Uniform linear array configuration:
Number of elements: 64
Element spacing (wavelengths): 0.75
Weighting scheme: hamming
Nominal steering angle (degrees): -30
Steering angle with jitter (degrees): -31.353
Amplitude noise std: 0.05
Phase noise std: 0.05

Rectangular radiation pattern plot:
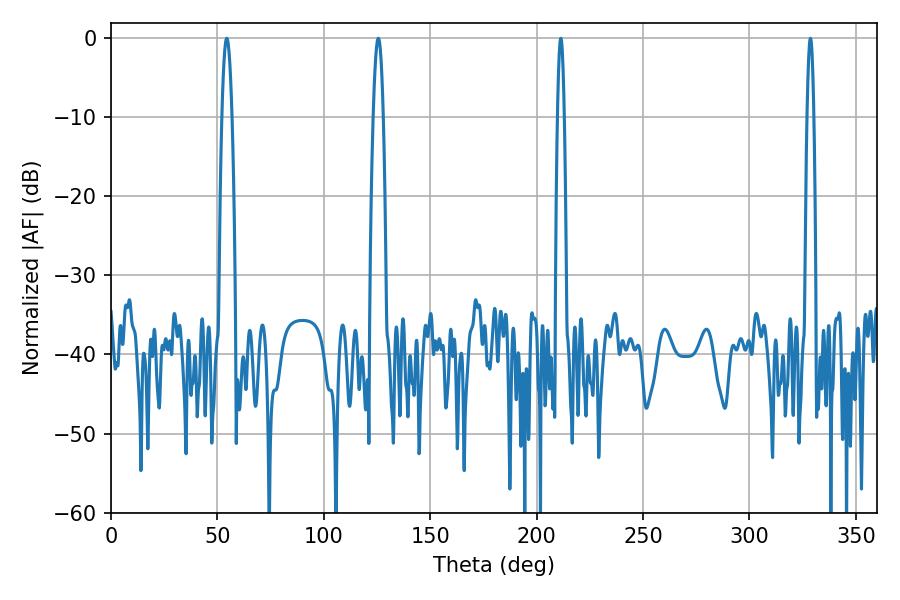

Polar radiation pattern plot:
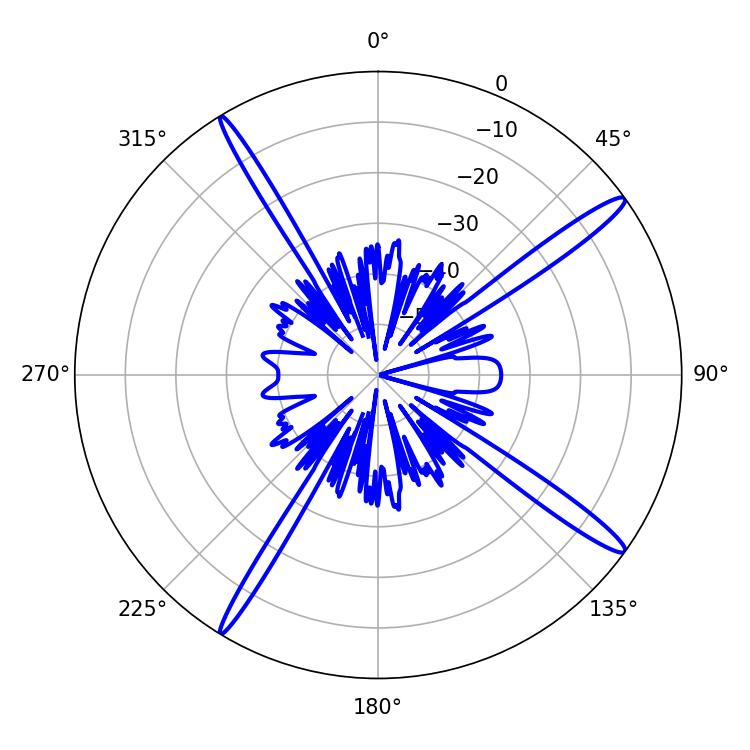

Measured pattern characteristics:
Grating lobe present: TRUE
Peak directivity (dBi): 16.42
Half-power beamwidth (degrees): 2.52
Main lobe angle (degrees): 125.64